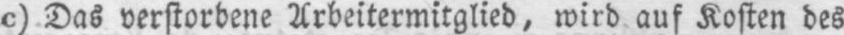
c) Das verstorbene Arbeitermitglied, wird auf Kosten des